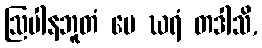
ဩပါနဘူတံ မေ ဃရံ တဒါသိ,